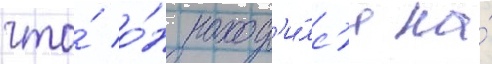
что́ о́н наход'и́лс'я на́